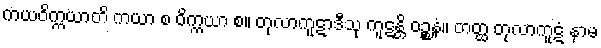
ကယဝိက္ကယာတိ ကယာ စ ဝိက္ကယာ စ။ တုလာကူဋာဒီသု ကူဋန္တိ ဝဉ္စနံ။ တတ္ထ တုလာကူဋံ နာမ